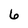
Character: 6